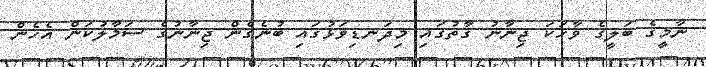
ނާމީގެ ބަލީގެ ވާހަކަ ޖިނާނު ގާތުގައި މިދަނޑިވަޅުގައި ބުނެގެން ޖިނާނުގެ ސަމާލުކަން އެހެން